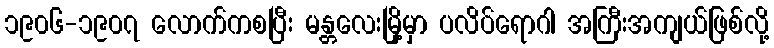
၁၉၀၆-၁၉၀၇ လောက်ကစပြီး မန္တလေးမြို့မှာ ပလိပ်ရောဂါ အကြီးအကျယ်ဖြစ်လို့